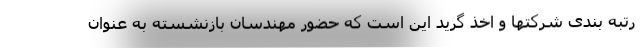
رتبه بندی شرکتها و اخذ گرید این است که حضور مهندسان بازنشسته به عنوان